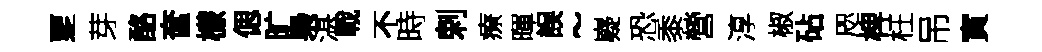
覂芽酪奩檬偲旷梟湛戰不時剌療暉誤~嶷恐黍營淳椒砧咫椑枉吊寅